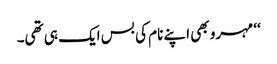
‘‘ مہرو بھی اپنے نام کی بس ایک ہی تھی۔